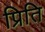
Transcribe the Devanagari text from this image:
प्रिति